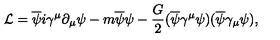
{ \cal L } = \overline { { \psi } } i \gamma ^ { \mu } \partial _ { \mu } \psi - m \overline { { \psi } } \psi - \frac { G } { 2 } ( \overline { { \psi } } \gamma ^ { \mu } \psi ) ( \overline { { \psi } } \gamma _ { \mu } \psi ) ,